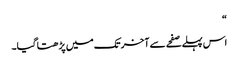
“
اس پہلے صفحے سے آخر تک میں پڑھتا گیا۔